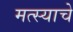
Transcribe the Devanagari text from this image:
मत्स्याचे